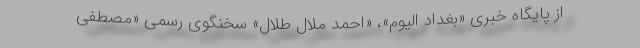
از پایگاه خبری «بغداد الیوم»، «احمد ملال طلال» سخنگوی رسمی «مصطفی